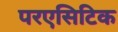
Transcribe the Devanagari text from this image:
परएसिटिक